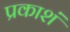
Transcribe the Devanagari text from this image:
प्रकाशं